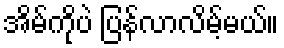
အိမ်ကိုပဲ ပြန်လာလိမ့်မယ်။